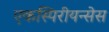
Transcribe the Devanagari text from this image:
एकस्पिरीयन्सेस